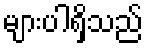
များပါရှိသည်